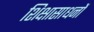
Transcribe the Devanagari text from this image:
शिक्षासाधनों